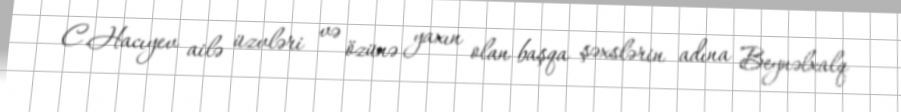
C.Hacıyev ailə üzvləri və özünə yaxın olan başqa şəxslərin adına Beynəlxalq